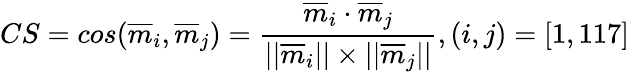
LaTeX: CS=cos(\overline{{m}}_{i},\overline{{m}}_{j})=\frac{\overline{{m}}_{i}\cdot\overline{{m}}_{j}}{\lvert\lvert\overline{{m}}_{i}\rvert\rvert\times\lvert\lvert\overline{{m}}_{j}\rvert\rvert},(i,j)=[1,117]